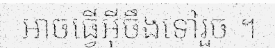
អាចធ្វើអ៊ីចឹងទៅរួច ។